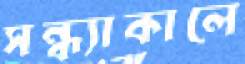
সন্ধ্যাকালে